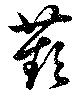
蘋